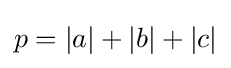
p=|a|+|b|+|c|